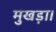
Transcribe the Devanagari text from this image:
मुखड़ा।